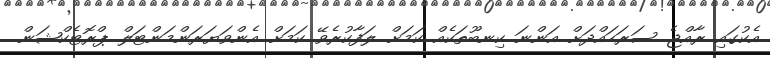
އެކުގައި ރާއްޖެ ސަރަހައްދަށް އަންނަ ކިނބޫތަކެއް ކަމަށް ލަފާކުރެވޭ ކަމަށް އެންވަޔަރަންމަންޓަލް ޕްރޮޓެކްޝަން